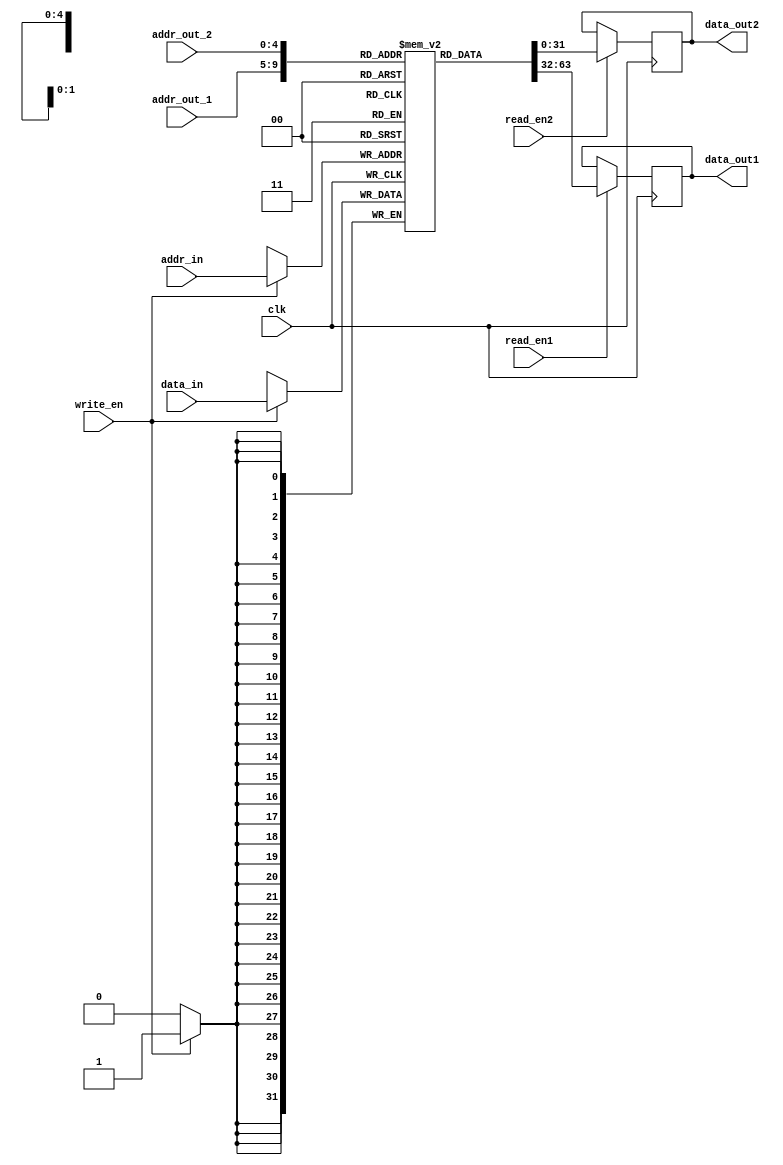
module Dual_out_sigl_in_ram #(
    parameter BW = 32,
    parameter AW = 5
)(
    input   wire                clk,         

    input   wire                write_en,    
    input   wire    [BW - 1:0]  data_in,  
    input   wire    [AW - 1:0]  addr_in,   

    input   wire                read_en1,
    input   wire    [AW - 1:0]  addr_out_1,
    output  reg     [BW - 1:0]  data_out1, 

    input   wire                read_en2,  
    input   wire    [AW - 1:0]  addr_out_2,
    output  reg     [BW - 1:0]  data_out2   
);

            reg [31:0] mem [0:31];

    always @(posedge clk) 
    begin
        if (write_en) 
        begin
            mem[addr_in] <= data_in;
        end
    end

    always @(posedge clk) 
    begin
        if (read_en1) 
        begin
            data_out1 <= mem[addr_out_1];
        end
    end

    always @(posedge clk) 
    begin
        if (read_en2) 
        begin
            data_out2 <= mem[addr_out_2];
        end
    end

endmodule